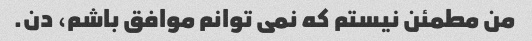
من مطمئن نیستم که نمی توانم موافق باشم، دن.